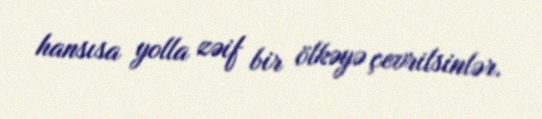
hansısa yolla zəif bir ölkəyə çevrilsinlər.